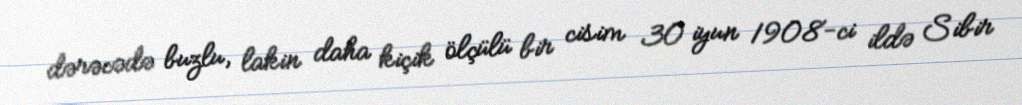
dərəcədə buzlu, lakin daha kiçik ölçülü bir cisim 30 iyun 1908-ci ildə Sibir